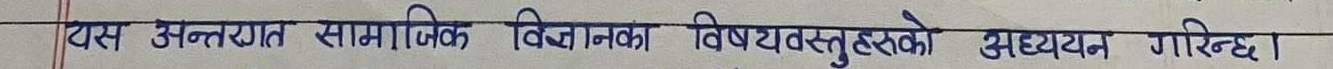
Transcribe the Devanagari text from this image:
यस अन्तर्गत सामाजिक विज्ञानका विषयवस्तुहरूको अध्ययन गरिन्छ।